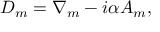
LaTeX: D _ { m } = \nabla _ { m } - i \alpha A _ { m } ,